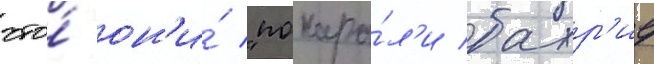
что́ он'и́ "покара́л'и бахр'ие